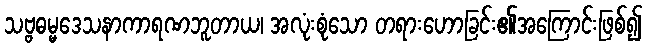
သဗ္ဗဓမ္မဒေသနာကာရဏဘူတာယ၊ အလုံးစုံသော တရားဟောခြင်း၏အကြောင်းဖြစ်၍